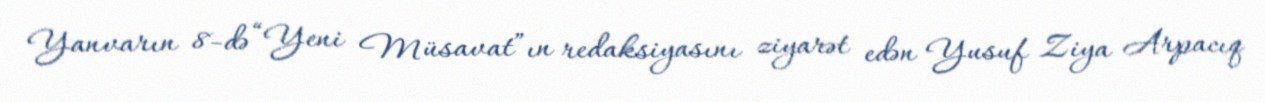
Yanvarın 8-də “Yeni Müsavat”ın redaksiyasını ziyarət edən Yusuf Ziya Arpacıq